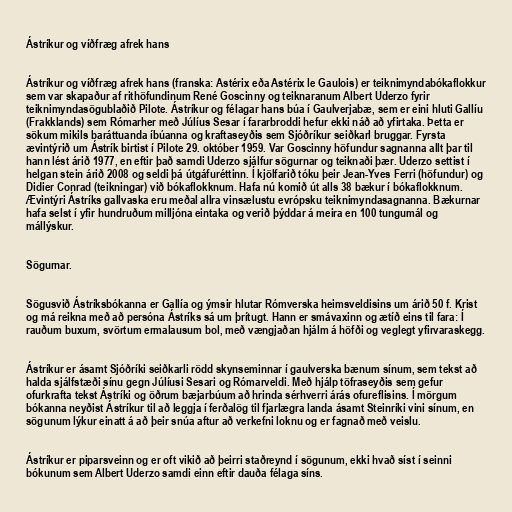
Ástríkur og víðfræg afrek hans

Ástríkur og víðfræg afrek hans (franska: Astérix eða Astérix le Gaulois) er teiknimyndabókaflokkur
sem var skapaður af rithöfundinum René Goscinny og teiknaranum Albert Uderzo fyrir
teiknimyndasögublaðið Pilote. Ástríkur og félagar hans búa í Gaulverjabæ, sem er eini hluti Gallíu
(Frakklands) sem Rómarher með Júlíus Sesar í fararbroddi hefur ekki náð að yfirtaka. Þetta er
sökum mikils baráttuanda íbúanna og kraftaseyðis sem Sjóðríkur seiðkarl bruggar. Fyrsta
ævintýrið um Ástrík birtist í Pilote 29. október 1959. Var Goscinny höfundur sagnanna allt þar til
hann lést árið 1977, en eftir það samdi Uderzo sjálfur sögurnar og teiknaði þær. Uderzo settist í
helgan stein árið 2008 og seldi þá útgáfuréttinn. Í kjölfarið tóku þeir Jean-Yves Ferri (höfundur) og
Didier Conrad (teikningar) við bókaflokknum. Hafa nú komið út alls 38 bækur í bókaflokknum.
Ævintýri Ástríks gallvaska eru meðal allra vinsælustu evrópsku teiknimyndasagnanna. Bækurnar
hafa selst í yfir hundruðum milljóna eintaka og verið þýddar á meira en 100 tungumál og
mállýskur.

Sögurnar.

Sögusvið Ástríksbókanna er Gallía og ýmsir hlutar Rómverska heimsveldisins um árið 50 f. Krist
og má reikna með að persóna Ástríks sá um þrítugt. Hann er smávaxinn og ætíð eins til fara: Í
rauðum buxum, svörtum ermalausum bol, með vængjaðan hjálm á höfði og veglegt yfirvaraskegg.

Ástríkur er ásamt Sjóðríki seiðkarli rödd skynseminnar í gaulverska bænum sínum, sem tekst að
halda sjálfstæði sínu gegn Júlíusi Sesari og Rómarveldi. Með hjálp töfraseyðis sem gefur
ofurkrafta tekst Ástríki og öðrum bæjarbúum að hrinda sérhverri árás ofureflisins. Í mörgum
bókanna neyðist Ástríkur til að leggja í ferðalög til fjarlægra landa ásamt Steinríki vini sínum, en
sögunum lýkur einatt á að þeir snúa aftur að verkefni loknu og er fagnað með veislu.

Ástríkur er piparsveinn og er oft vikið að þeirri staðreynd í sögunum, ekki hvað síst í seinni
bókunum sem Albert Uderzo samdi einn eftir dauða félaga síns.